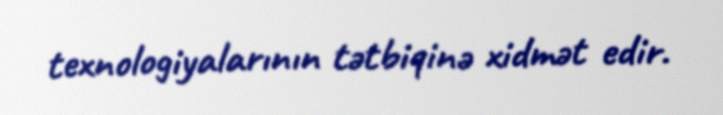
texnologiyalarının tətbiqinə xidmət edir.